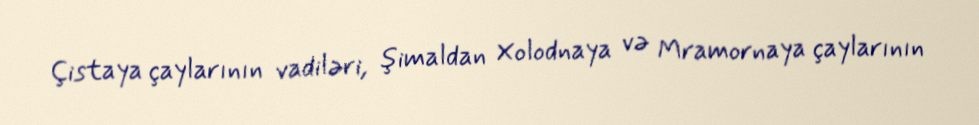
Çistaya çaylarının vadiləri, şimaldan Xolodnaya və Mramornaya çaylarının